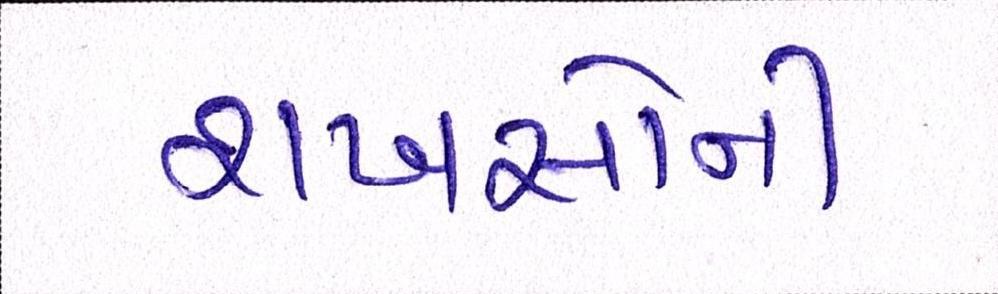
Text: શખસોની